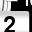
Digit: 2